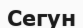
Сегун